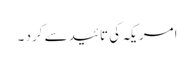
امریکہ کی تائید سے کرد ۔